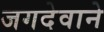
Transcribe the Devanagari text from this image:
जगदेवाने